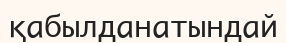
қабылданатындай